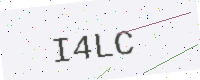
Text: I4LC